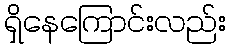
ရှိနေကြောင်းလည်း